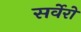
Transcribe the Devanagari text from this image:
सर्वेरों